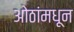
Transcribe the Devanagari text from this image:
ओठांमधून